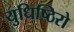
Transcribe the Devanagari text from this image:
युधिष्ठिरो